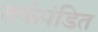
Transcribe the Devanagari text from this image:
तर्कपंडित